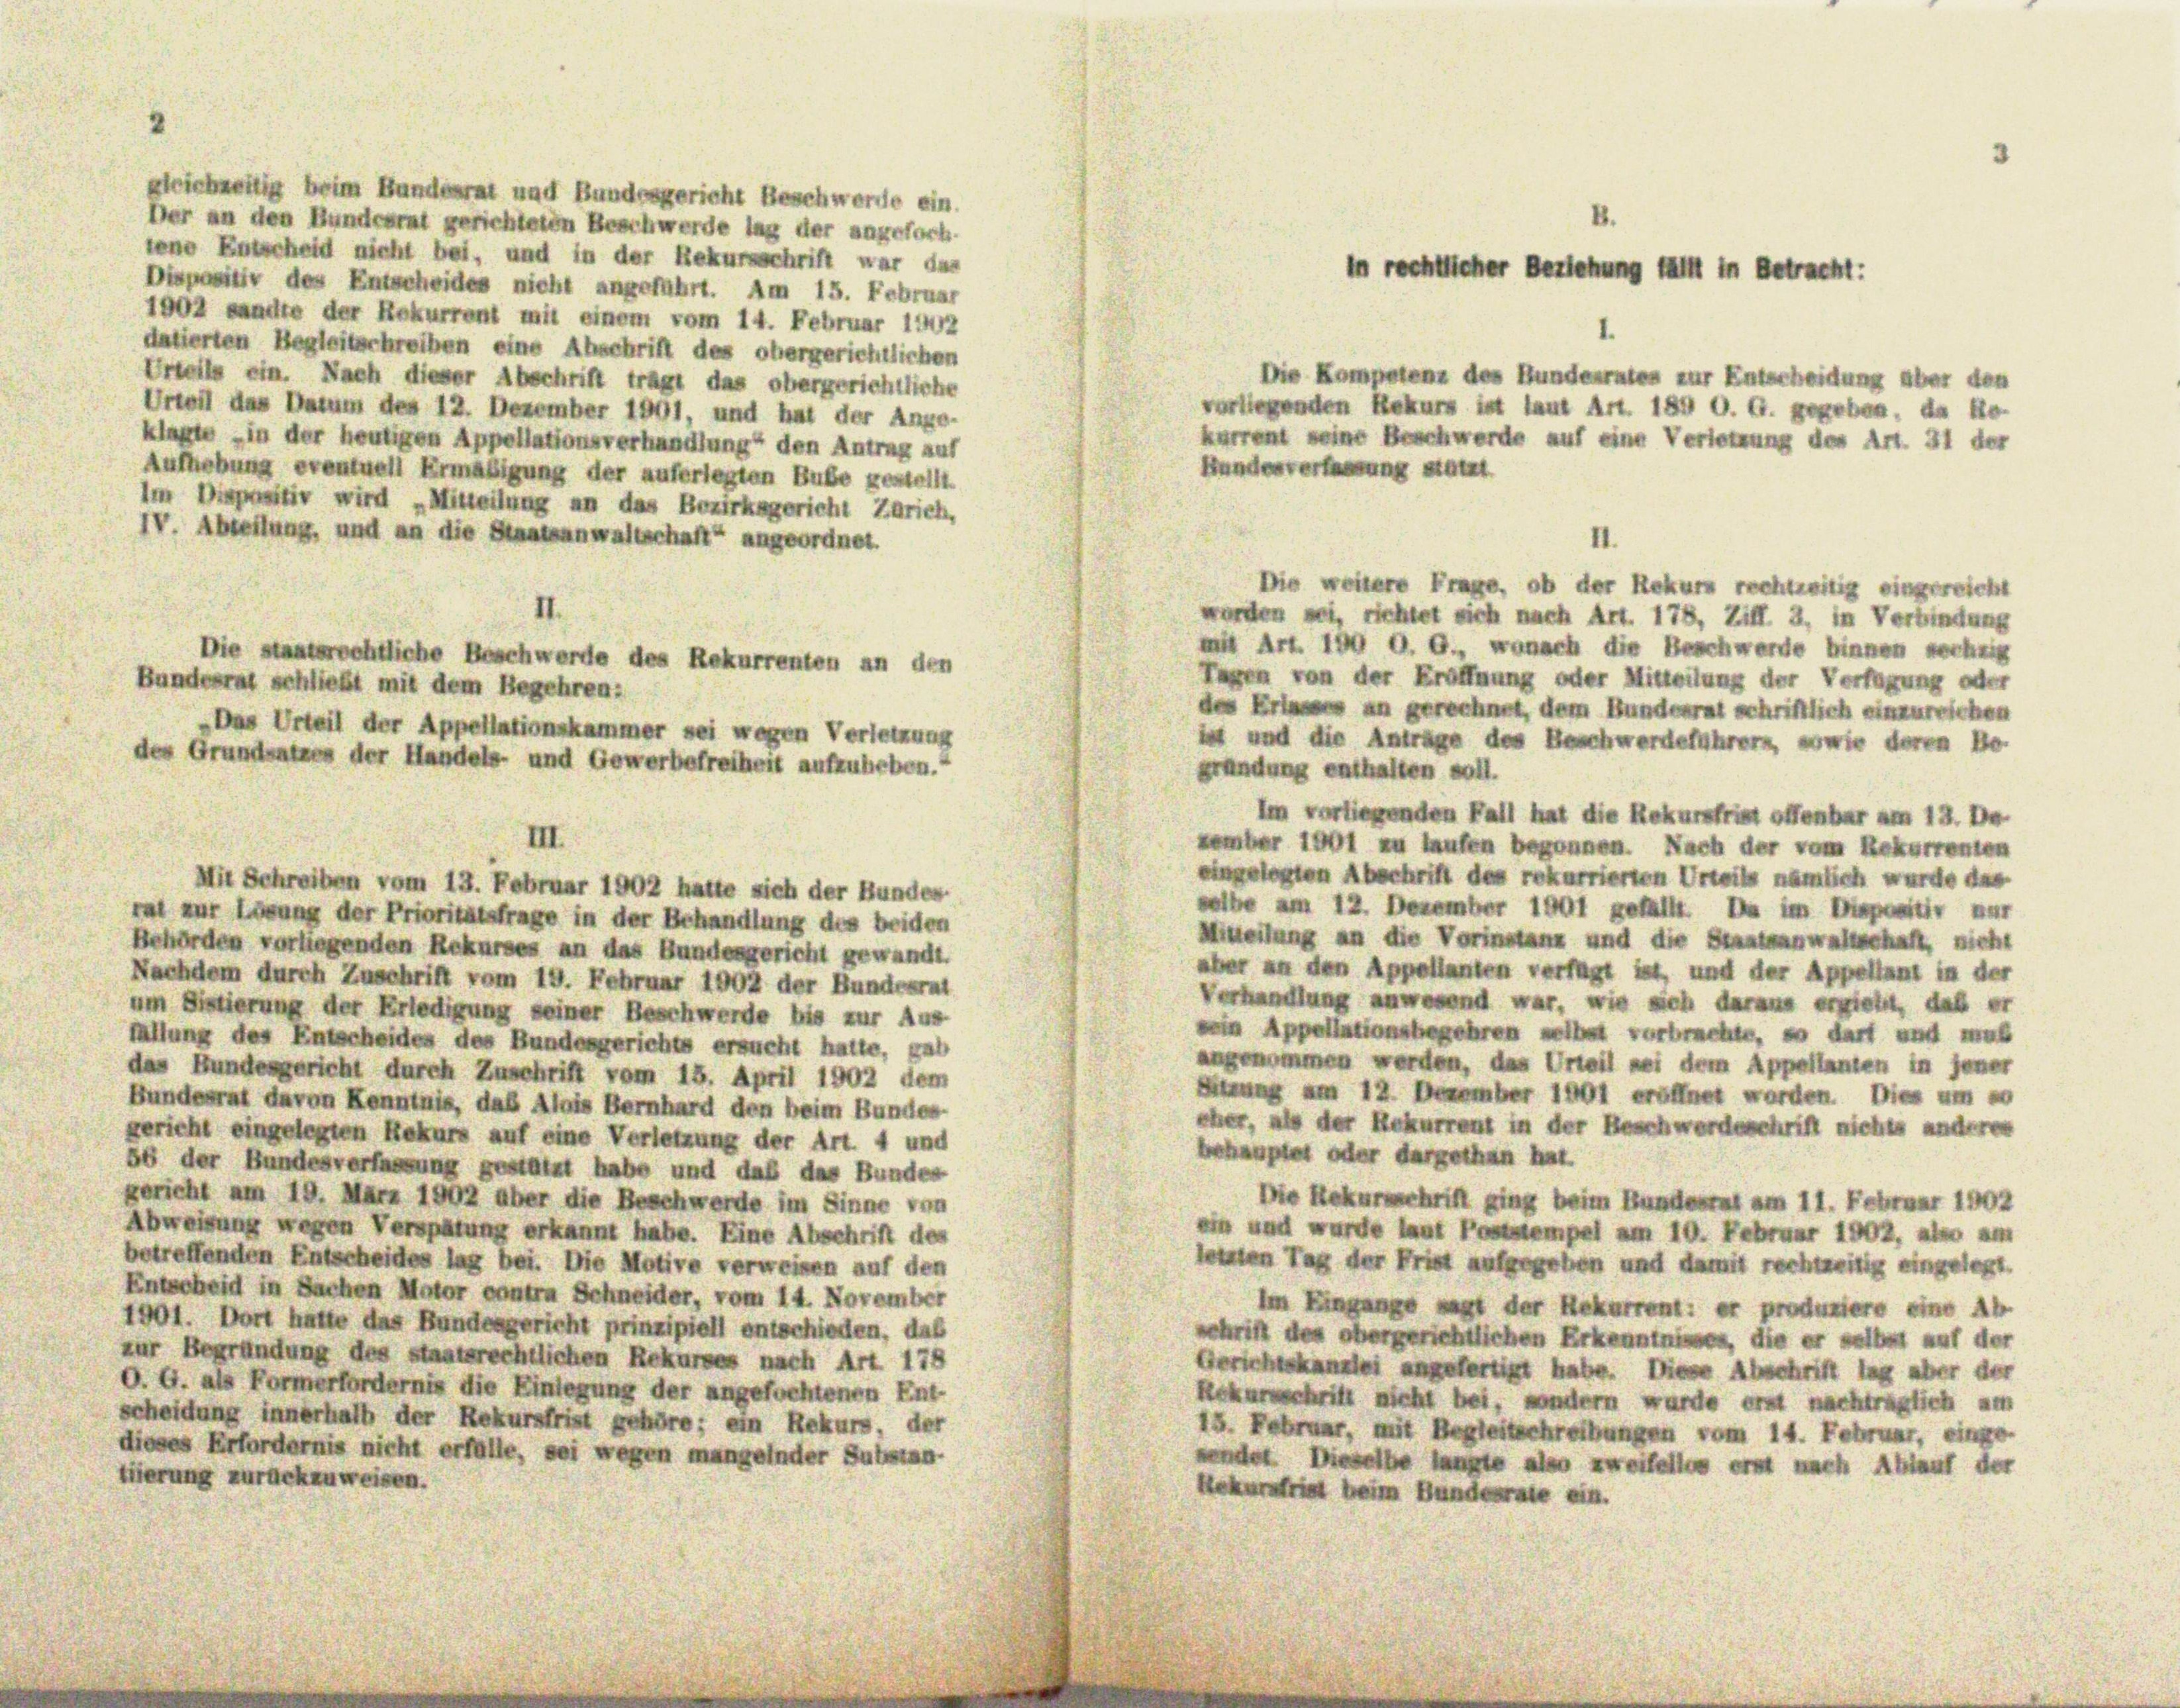
Der an den Bundesrat gerichteten Beschwerde lag der angefoch
tene Entscheid nicht bei, und in der Rekursschrift war das
Dispositiv des Entscheides nicht angeführt. Am 15. Februar
1002 sandte der Rekurrent mit einem vom 14. Februar 1742
datierten Begleitschreiben eine Abschrift des obergerichtlichen
Urteils ein. Nach dieser Abschrift trägt das obergerichtliche
Urwil das Datum des 12. Dezember 1901, und hat der Ange-
klagte in der heutigen Appellationsverhandlung den Antrag auf
Aufhebung eventuell Ermäßigung der auferlegten Bube kostellt.
Im Dispositiv wird Mitteilung an das Bezirksgericht Zürich,
IV. Abteilung, und an die Staatsanwaltschaft angeordnet.
II
Die staatsrechtliche Beschwerde des Rekurrenten an den
Bundesrat schließt mit dem Begehren:
Das Urteil der Appellationskammer sei wegen Verletzung
des Grundsatzes der Handels- und Gewerbefreiheit aufzuheben.
III.
Mit Schreiben vom 13. Februar 1902 hatte sich der Bundes
rat nur Lösung der Prioritätsfrage in der Erhandlung des beiden
Behörden vorliegenden Rekurses an das Bundesgericht gewandt.
Nachdem durch Zuschrift vom 19. Februar 1902 der Bundesrat
um Sistierung der Erledigung seiner Beschwerde bis zur Aus
füllung des Entscheides des Bundesgerichts ersucht hatte. Jah
das Bundesgericht durch Zuschrift vom 15. April 1902 dem
Bundesrat davon Kenntnis, das Alois Bernhard den beim Bundes
gericht eingelegten Rekurs auf eine Verletzung der Art. 4 und
66 der Bundesverfassung gestützt habe und daß das Bundes
gericht am 19. März 1902 über die Beschwerde im Sinne von
Abweisung wegen Verspätung erkannt habe. Eine Abschrift des
betreffenden Entscheides lag bei. Die Motive verweisen auf den
Entscheid in Sachen Motor eintra Schneider, vom 14. November
1901. Dort hatte das Bundesgericht prinzipiell entschieden, das
zur Begründung des staatsrechtlichen Rekurses nach Art 178
O. G. als Formerfordernis die Einlegung der angefochtenen Ent-
scheidung innerhalb der Rekursfrist gehöre; ein Rekurs, der
dieses Erfordernis nicht erfülle, sei wegen mangelnder Substan
tierung zurückzuweisen.

lricht beim Bunderat und Bundesgericht Beschwere ein

hher Berichtung in Betracht:

Die Kompeten des Bundesraten zur Enterheidung aber den
lgenden Rekurs ist laut Art. 19 O. G. gegeben, da Re
Krent eine Beschwerde auf eine Verung des Art. 41 der
Bunden Stat
Die weitere Frage, ob der Rekurs rechtzeitig eingereicht
wurden sei, richtet sich nach Art. 178, Ziff. 2, in Verbindung
 Art. 109 O. G., wonach die Beschwerde binnen verh
Tagen von der Eröffnung oder Mitteilung der Verfügung oder
de Er an gerechnet, dem Bundesrat schriftlich einzurechen
 und die Antrage des Beschwerdeführen, wie deren Be
Gründung enthalten soll.
I vorliegenden Fall hat die Rekurs offenbar am 12. De
mber 1 zu laufen begonnen Nach der vom Rekurrenten
engelegten Abschrift den rekurrieren Urteil nämlich wurde des
elbe am 12. Dezember 1901 im
Mitteilung an die Verinten und die Staatsanwaltschaft nicht
aber an den Appellanten verfügt ist, und der Appellant in der
Vernung und war, wie sich daran riet, daß er
 Appellationsbegehren vorben, so darf und muß
angenommen werden, das Urteil sei dem Appellanten in jener
 am 12 Dezember 11 eröffnet worden. Die um so
eher, als der Rekurrent in der Beschwerdeschrift nichts anderen
Behauptet oder dargethan hat.
Die Recht in beim Bunde am 11. Februar 1902
n und wurde laut Pempel am 10. Februar 1902, als am
letten Tag der Frist aufgegeben und damit recht eingelegt
Im Eingang mit der Rekurrent: er produziere eine Ab
schrift den abergerichtlichen Erkenntnissen, die er weit auf der
Gerne angefertigt habe. Diese Abschrift an aber der
Rekursschrift nicht bei, andern wurde er nachträglich am
15. Februar, mit Begleitschreibungen vom 14. Februar, einge
ndet dieselbe ange an wie er nach Ablauf der
L eim Bunderate ein

I